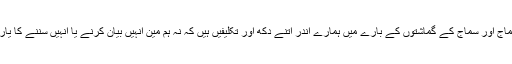
اپنے سماج اور سماج کے گماشتوں کے بارے میں ہمارے اندر اتنے دکھ اور تکلیفیں ہیں کہ نہ ہم مین انہیں بیان کرنے یا انہیں سننے کا یارا ہو گا۔